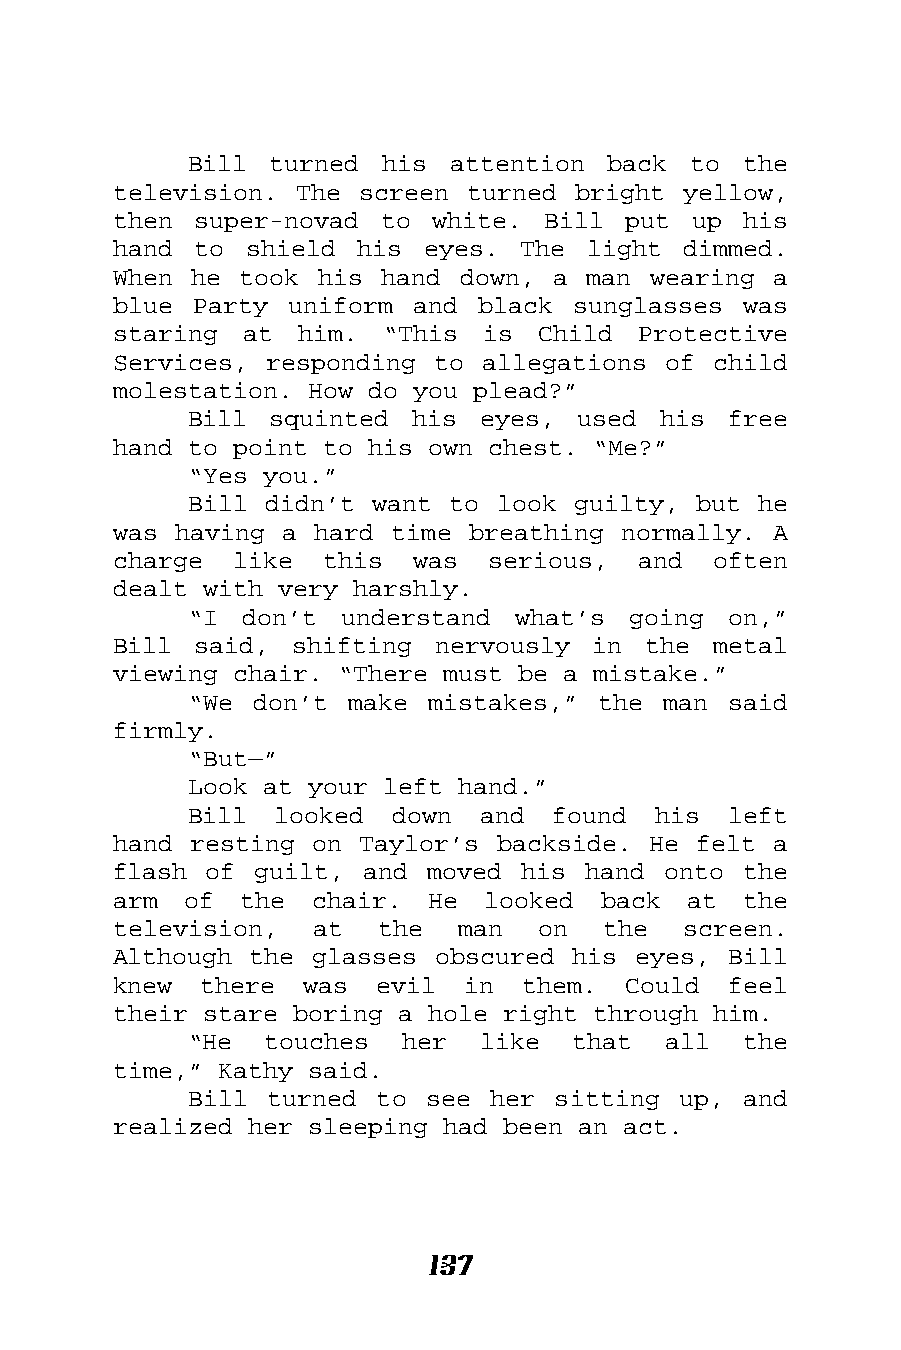
Bill turned  his attention  back to  the
 television. The screen turned bright  yellow,
 then super-novad  to white. Bill  put up  his
 hand to  shield his eyes.  The light  dimmed.
 When he took his  hand down, a man wearing  a
 blue Party uniform  and black sunglasses  was
 staring at  him.  “This is  Child  Protective
 Services, responding to allegations of  child
 molestation. How do you plead?”
 Bill squinted  his eyes,  used his  free
 hand to point to his own chest. “Me?”
 “Yes you.”
 Bill didn’t want to look guilty, but  he
 was having a hard time breathing normally.  A
 charge  like  this  was  serious,  and  often
 dealt with very harshly.
 “I don’t  understand what’s  going  on,”
 Bill said,  shifting nervously  in the  metal
 viewing chair. “There must be a mistake.”
 “We don’t make  mistakes,” the man  said
 firmly.
 “But—”
 Look at your left hand.”
 Bill  looked down  and  found  his  left
 hand resting on Taylor’s backside. He felt  a
 flash of guilt, and  moved his hand onto  the
 arm  of the  chair.  He looked  back  at  the
 television,  at  the   man  on  the   screen.
 Although the glasses obscured his eyes,  Bill
 knew  there was  evil  in  them.  Could  feel
 their stare boring a hole right through him.
 “He  touches  her  like  that  all   the
 time,” Kathy said.
 Bill turned to  see her sitting up,  and
 realized her sleeping had been an act.
 137